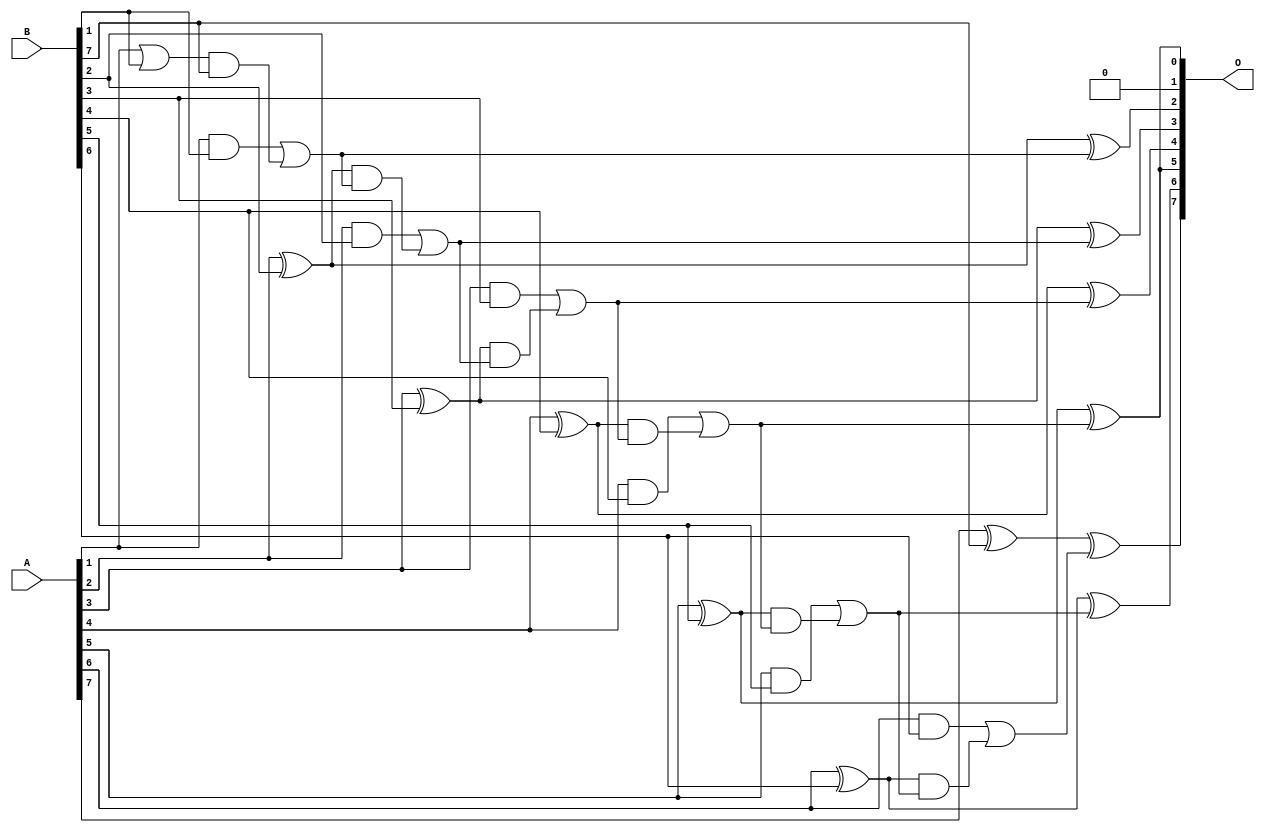
/***
* This code is a part of EvoApproxLib library (ehw.fit.vutbr.cz/approxlib) distributed under The MIT License.
* When used, please cite the following article(s): V. Mrazek, L. Sekanina, Z. Vasicek "Libraries of Approximate Circuits: Automated Design and Application in CNN Accelerators" IEEE Journal on Emerging and Selected Topics in Circuits and Systems, Vol 10, No 4, 2020 
* This file contains a circuit from a sub-set of pareto optimal circuits with respect to the pwr and mre parameters
***/
// MAE% = 1.09 %
// MAE = 1.4 
// WCE% = 3.12 %
// WCE = 4.0 
// WCRE% = 200.00 %
// EP% = 77.83 %
// MRE% = 7.00 %
// MSE = 2.9 
// PDK45_PWR = 0.030 mW
// PDK45_AREA = 63.8 um2
// PDK45_DELAY = 0.63 ns

module add8s_6XL (
    A,
    B,
    O
);

input [7:0] A;
input [7:0] B;
output [7:0] O;

wire sig_18,sig_19,sig_20,sig_22,sig_23,sig_24,sig_25,sig_26,sig_27,sig_28,sig_29,sig_30,sig_31,sig_32,sig_33,sig_34,sig_35,sig_36,sig_37,sig_38;
wire sig_39,sig_40,sig_41,sig_42,sig_43,sig_44,sig_45,sig_46,sig_47,sig_48,sig_49;

assign sig_18 = A[1] | B[1];
assign sig_19 = A[1] & B[1];
assign sig_20 = sig_18 & B[7];
assign sig_22 = sig_19 | sig_20;
assign sig_23 = A[2] ^ B[2];
assign sig_24 = A[2] & B[2];
assign sig_25 = sig_23 & sig_22;
assign sig_26 = sig_23 ^ sig_22;
assign sig_27 = sig_24 | sig_25;
assign sig_28 = A[3] ^ B[3];
assign sig_29 = A[3] & B[3];
assign sig_30 = sig_28 & sig_27;
assign sig_31 = sig_28 ^ sig_27;
assign sig_32 = sig_29 | sig_30;
assign sig_33 = A[4] ^ B[4];
assign sig_34 = A[4] & B[4];
assign sig_35 = sig_33 & sig_32;
assign sig_36 = sig_33 ^ sig_32;
assign sig_37 = sig_34 | sig_35;
assign sig_38 = A[5] ^ B[5];
assign sig_39 = A[5] & B[5];
assign sig_40 = sig_38 & sig_37;
assign sig_41 = sig_38 ^ sig_37;
assign sig_42 = sig_39 | sig_40;
assign sig_43 = A[6] ^ B[6];
assign sig_44 = A[6] & B[6];
assign sig_45 = sig_43 & sig_42;
assign sig_46 = sig_43 ^ sig_42;
assign sig_47 = sig_44 | sig_45;
assign sig_48 = A[7] ^ B[7];
assign sig_49 = sig_48 ^ sig_47;

assign O[7] = sig_49;
assign O[6] = sig_46;
assign O[5] = sig_41;
assign O[4] = sig_36;
assign O[3] = sig_31;
assign O[2] = sig_26;
assign O[1] = 1'b0;
assign O[0] = sig_41;

endmodule